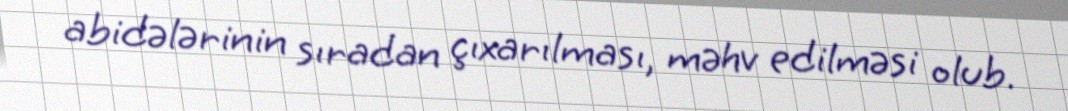
abidələrinin sıradan çıxarılması, məhv edilməsi olub.